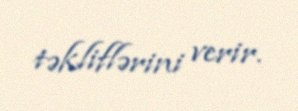
təkliflərini verir.